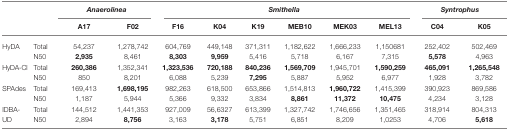
<table><thead><tr><td colspan="2"></td><td colspan="2"><b><i>Anaerolinea</i></b></td><td colspan="6"><b><i>Smithella</i></b></td><td colspan="2"><b><i>Syntrophus</i></b></td></tr><tr><td colspan="2"></td><td><b>A17</b></td><td><b>F02</b></td><td><b>F16</b></td><td><b>K04</b></td><td><b>K19</b></td><td><b>MEB10</b></td><td><b>MEK03</b></td><td><b>MEL13</b></td><td><b>C04</b></td><td><b>K05</b></td></tr></thead><tbody><tr><td rowspan="2">HyDA</td><td>Total</td><td>54,237</td><td>1,278,742</td><td>604,769</td><td>449,148</td><td>371,311</td><td>1,182,622</td><td>1,666,233</td><td>1,150681</td><td>252,402</td><td>502,469</td></tr><tr><td>N50</td><td><b>2,935</b></td><td>8,461</td><td><b>8,303</b></td><td><b>9,959</b></td><td>5,416</td><td>5,718</td><td>6,167</td><td>7,315</td><td><b>5,578</b></td><td>4,963</td></tr><tr><td rowspan="2">HyDA-Cl</td><td>Total</td><td><b>260,386</b></td><td>1,352,341</td><td><b>1,323,536</b></td><td><b>720,188</b></td><td><b>840,236</b></td><td><b>1,569,709</b></td><td>1,945,701</td><td><b>1,590,259</b></td><td><b>465,091</b></td><td><b>1,265,548</b></td></tr><tr><td>N50</td><td>850</td><td>8,201</td><td>6,088</td><td>5,239</td><td><b>7,295</b></td><td>5,887</td><td>5,952</td><td>6,977</td><td>1,928</td><td>3,782</td></tr><tr><td rowspan="2">SPAdes</td><td>Total</td><td>169,413</td><td><b>1,698,195</b></td><td>982,263</td><td>618,500</td><td>653,866</td><td>1,514,813</td><td><b>1,960,722</b></td><td>1,415,399</td><td>390,923</td><td>869,586</td></tr><tr><td>N50</td><td>1,187</td><td>5,944</td><td>5,366</td><td>9,332</td><td>3,834</td><td><b>8,861</b></td><td><b>11,372</b></td><td><b>10,475</b></td><td>4,234</td><td>3,128</td></tr><tr><td rowspan="2">IDBA-UD</td><td>Total</td><td>144,512</td><td>1,441,353</td><td>927,009</td><td>56,6327</td><td>613,399</td><td>1,327,742</td><td>1,746,656</td><td>1,351,465</td><td>318,914</td><td>804,313</td></tr><tr><td>N50</td><td>2,894</td><td><b>8,756</b></td><td>3,163</td><td><b>3,178</b></td><td>5,751</td><td>6,851</td><td>8,209</td><td>1,0253</td><td>4,706</td><td><b>5,618</b></td></tr></tbody></table>